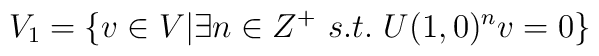
V_1=\{v\in V|\exists n\in Z^{+}\ s.t.\ U(1,0)^nv=0\}